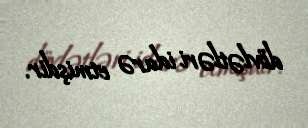
dövlətləri idarə etmişdir.